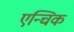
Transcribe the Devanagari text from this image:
एन्चिक